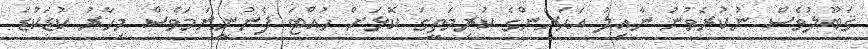
ޤަބޫލުވެސް ނުކުރެވުނު ނާއިލު އަހަރެންގެ ކުރިމަތީގަ ކޮޅަށް ހުއްޓަ ފެނުނީނަމަވެސް މިހާރު ކުޑަކުޑަ